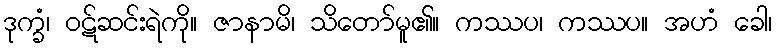
ဒုက္ခံ၊ ဝဋ်ဆင်းရဲကို။ ဇာနာမိ၊ သိတော်မူ၏။ ကဿပ၊ ကဿပ။ အဟံ ခေါ၊